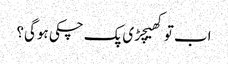
اب توکھیچڑی پک چکی ہوگی؟